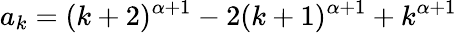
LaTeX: a_{k}=(k+2)^{\alpha+1}-2(k+1)^{\alpha+1}+k^{\alpha+1}